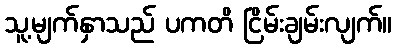
သူ့မျက်နှာသည် ပကတိ ငြိမ်းချမ်းလျက်။